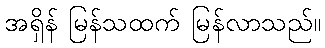
အရှိန် မြန်သထက် မြန်လာသည်။